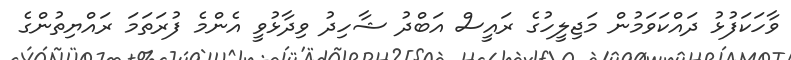
ވާހަކަފުޅު ދައްކަވަމުން މަޖިލީހުގެ ރައީސް އަބްދު ޝާހިދު ވިދާޅުވީ އެންމެ ފުރަތަމަ ރައްޔިތުންގެ